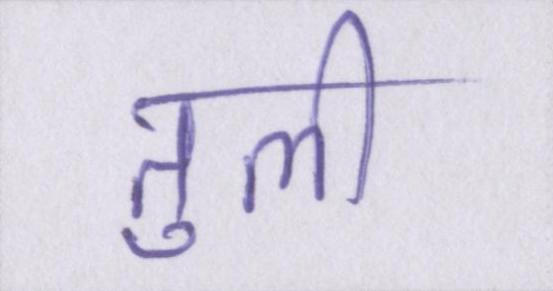
तुली